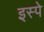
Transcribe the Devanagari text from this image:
इस्पे